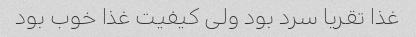
غذا تقریا سرد بود ولی کیفیت غذا خوب بود